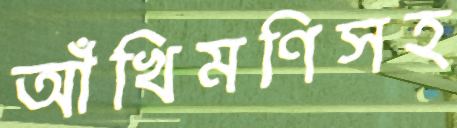
আঁখিমণিসহ